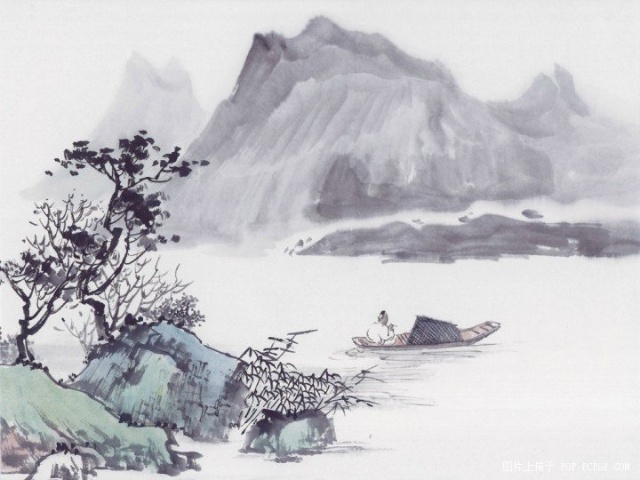
东风惆怅欲清明，公子桥边沉醉。